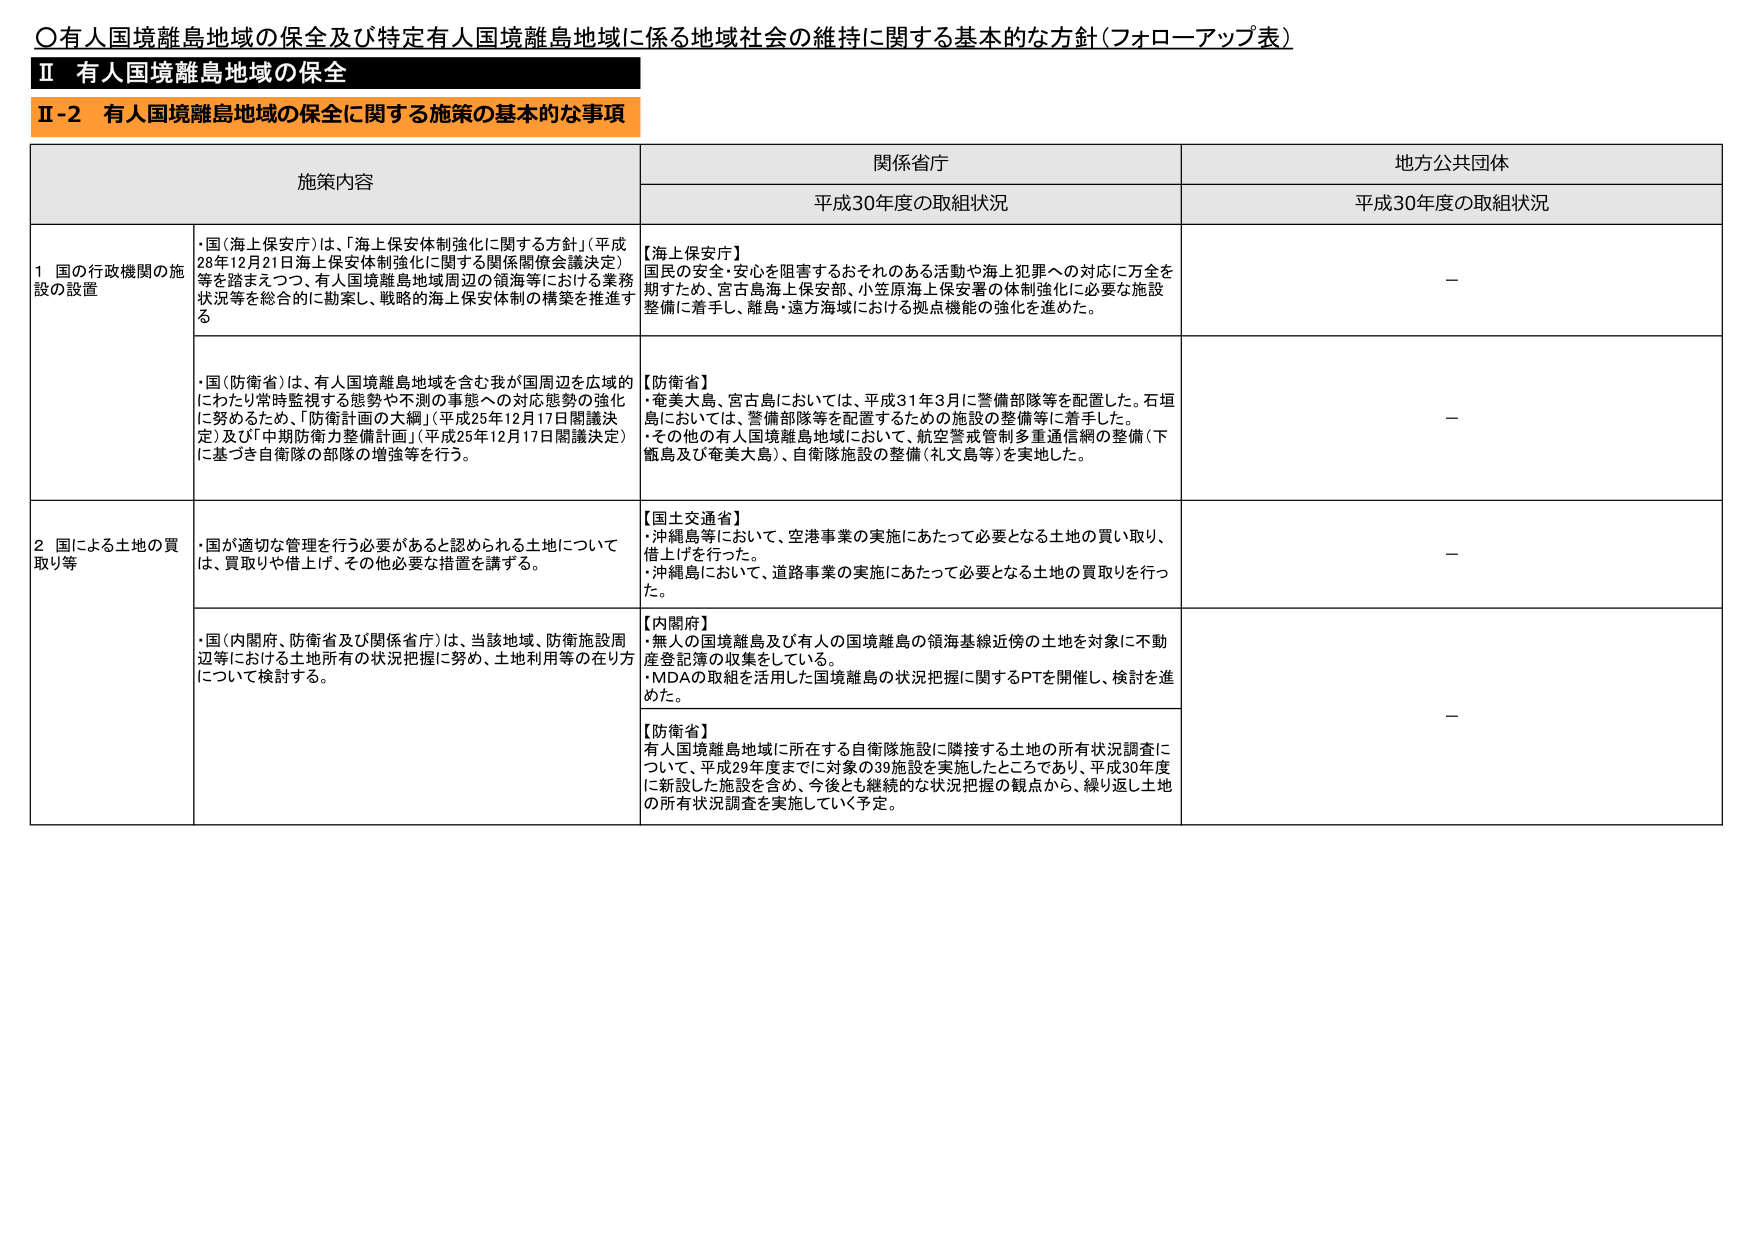
〇有人国境離島地域の保全及び特定有人国境離島地域に係る地域社会の維持に関する基本的な方針（フォローアップ表）

Ⅱ 有人国境離島地域の保全

Ⅱ-2 有人国境離島地域の保全に関する施策の基本的な事項

施策内容 関係省庁 地方公共団体
平成30年度の取組状況 平成30年度の取組状況

1 国の行政機関の施設の設置
・国（海上保安庁）は、「海上保安体制強化に関する方針」（平成28年12月21日海上保安体制強化に関する関係閣僚会議決定）等を踏まえつつ、有人国境離島地域周辺の領海等における業務状況等を総合的に勘案し、戦略的海上保安体制の構築を推進する。
【海上保安庁】
国民の安全・安心を阻害するおそれのある活動や海上犯罪への対応に万全を期すため、宮古島海上保安部、小笠原海上保安署の体制強化に必要な施設整備に着手し、離島・遠方海域における拠点機能の強化を進めた。
－

・国（防衛省）は、有人国境離島地域を含む我が国周辺を広域的にわたり常時監視する態勢や不測の事態への対応態勢の強化に努めるため、「防衛計画の大綱」（平成25年12月17日閣議決定）及び「中期防衛力整備計画」（平成25年12月17日閣議決定）に基づき自衛隊の部隊の増強等を行う。
【防衛省】
・奄美大島、宮古島においては、平成31年3月に警備部隊等を配置した。石垣島においては、警備部隊等を配置するための施設の整備等に着手した。
・その他の有人国境離島地域において、航空警戒管制多重通信網の整備（下甑島及び奄美大島）、自衛隊施設の整備（礼文島等）を実地した。
－

2 国による土地の買取り等
・国が適切な管理を行う必要があると認められる土地については、買取りや借上げ、その他必要な措置を講ずる。
【国土交通省】
・沖縄島等において、空港事業の実施にあたって必要となる土地の買い取り、借上げを行った。
・沖縄島において、道路事業の実施にあたって必要となる土地の買取りを行った。
－

・国（内閣府、防衛省及び関係省庁）は、当該地域、防衛施設周辺等における土地所有の状況把握に努め、土地利用等の在り方について検討する。
【内閣府】
・無人の国境離島及び有人の国境離島の領海基線近傍の土地を対象に不動産登記簿の収集をしている。
・MDAの取組を活用した国境離島の状況把握に関するPTを開催し、検討を進めた。
－

【防衛省】
有人国境離島地域に所在する自衛隊施設に隣接する土地の所有状況調査について、平成29年度までに対象の39施設を実施したところであり、平成30年度に新設した施設を含め、今後とも継続的な状況把握の観点から、繰り返し土地の所有状況調査を実施していく予定。
－